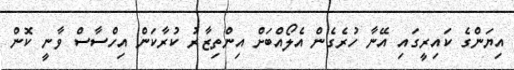
އިޔަންގެ ކައިރީގައި އޭނާ ހުރެގެން އެލޯއްބަށް އިންތިޒާރު ކުރާކަން އިހްސާސް ވާނީ ކޮން